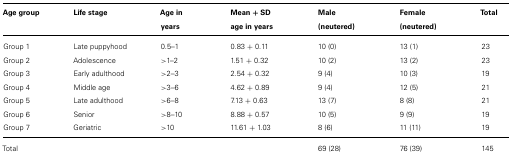
<table><thead><tr><td><b>Age group</b></td><td><b>Life stage</b></td><td><b>Age in years</b></td><td><b>Mean + SD age in years</b></td><td><b>Male (neutered)</b></td><td><b>Female (neutered)</b></td><td><b>Total</b></td></tr></thead><tbody><tr><td>Group 1</td><td>Late puppyhood</td><td>0.5–1</td><td>0.83 + 0.11</td><td>10 (0)</td><td>13 (1)</td><td>23</td></tr><tr><td>Group 2</td><td>Adolescence</td><td>&gt;1–2</td><td>1.51 + 0.32</td><td>10 (2)</td><td>13 (2)</td><td>23</td></tr><tr><td>Group 3</td><td>Early adulthood</td><td>&gt;2–3</td><td>2.54 + 0.32</td><td>9 (4)</td><td>10 (3)</td><td>19</td></tr><tr><td>Group 4</td><td>Middle age</td><td>&gt;3–6</td><td>4.62 + 0.89</td><td>9 (4)</td><td>12 (5)</td><td>21</td></tr><tr><td>Group 5</td><td>Late adulthood</td><td>&gt;6–8</td><td>7.13 + 0.63</td><td>13 (7)</td><td>8 (8)</td><td>21</td></tr><tr><td>Group 6</td><td>Senior</td><td>&gt;8–10</td><td>8.88 + 0.57</td><td>10 (5)</td><td>9 (9)</td><td>19</td></tr><tr><td>Group 7</td><td>Geriatric</td><td>&gt;10</td><td>11.61 + 1.03</td><td>8 (6)</td><td>11 (11)</td><td>19</td></tr><tr><td>Total</td><td></td><td></td><td></td><td>69 (28)</td><td>76 (39)</td><td>145</td></tr></tbody></table>